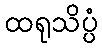
ထရုသိပ္ပံ